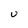
Character: U